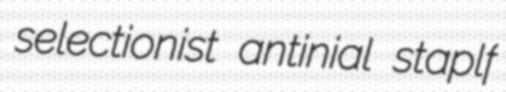
selectionist antinial staplf